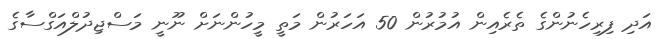
އަދި ފިރިހެެނުންގެ ތެރެއިން އުމުރުން 50 އަހަރުން މަތީ މީހުންނަށް ނޫނީ މަސްޖިދުލްއަގްސާގެ